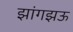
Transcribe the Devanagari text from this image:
झांगझऊ